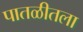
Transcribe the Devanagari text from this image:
पातळीतला